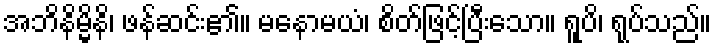
အဘိနိမ္မိနိ၊ ဖန်ဆင်း၏။ မနောမယံ၊ စိတ်ဖြင့်ပြီးသော။ ရူပိ၊ ရုပ်သည်။